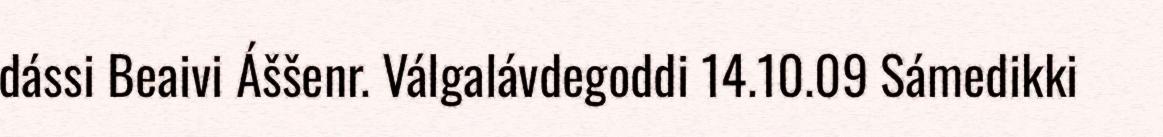
dássi Beaivi Áššenr. Válgalávdegoddi 14.10.09 Sámedikki